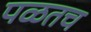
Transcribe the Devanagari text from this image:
पळतच